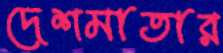
দেশমাতার